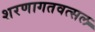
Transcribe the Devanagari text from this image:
शरणागतवत्सल